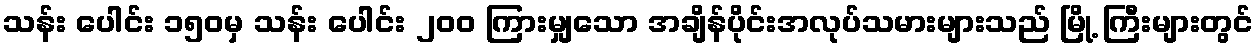
သန်း ပေါင်း ၁၅၀မှ သန်း ပေါင်း ၂၀၀ ကြားမျှသော အချိန်ပိုင်းအလုပ်သမားများသည် မြို့ ကြီးများတွင်